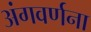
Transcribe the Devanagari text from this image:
अंगवर्णना